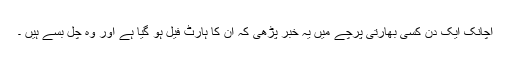
اچانک ایک دن کسی بھارتی پرچے میں یہ خبر پڑھی کہ ان کا ہارٹ فیل ہو گیا ہے اور وہ چل بسے ہیں ۔